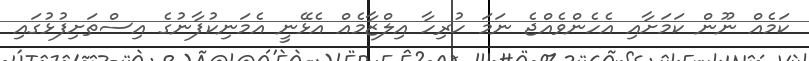
ކަމެއް ނޫން ކަމަށާއި އެހެންވެއްޖެ ނަމަ ހުރިހާ އިލްޒާމެއް އެޅޭނީ އެމަނިކުފާނުގެ އިސްތަށިފުޅުގައި